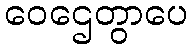
ဝေဌေတွာပေ